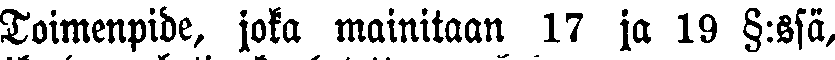
Toimenpide, joka mainitaan 17 ja 19 §:ssä,